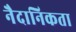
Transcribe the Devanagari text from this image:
नैदानिकता